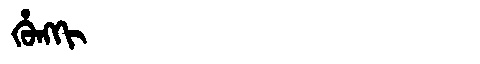
Manchu: ᡥᡠᠩᡴᡳ
Romanization: HUNGKI